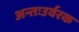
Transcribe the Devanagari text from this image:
अन्तःउर्वरक